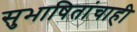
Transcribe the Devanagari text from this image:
सुभाषितांचाही